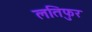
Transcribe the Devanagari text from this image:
लतिफुर